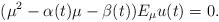
LaTeX: \begin{align*}(\mu^2-\alpha(t) \mu -\beta(t))E_{\mu}u(t)=0.\end{align*}